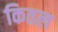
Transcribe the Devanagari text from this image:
कितल